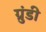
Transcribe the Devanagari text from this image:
ग्रुंडी